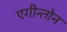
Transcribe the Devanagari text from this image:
एगीन्तोन